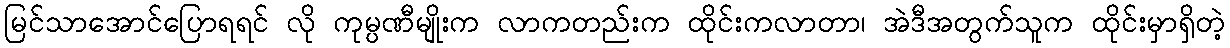
မြင်သာအောင်ပြောရရင် လို ကုမ္ပဏီမျိုးက လာကတည်းက ထိုင်းကလာတာ၊ အဲဒီအတွက်သူက ထိုင်းမှာရှိတဲ့